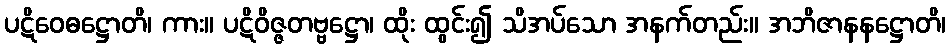
ပဋိဝေဓဋ္ဌောတိ၊ ကား။ ပဋိဝိဇ္ဇတဗ္ဗဋ္ဌော၊ ထိုး ထွင်း၍ သိအပ်သော အနက်တည်း။ အဘိဇာနနဋ္ဌောတိ၊